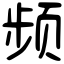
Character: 频